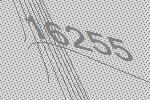
16255